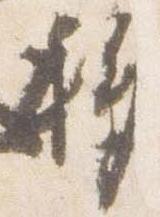
移